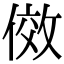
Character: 傚